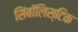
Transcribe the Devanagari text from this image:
सिंबॉलिस्टिक